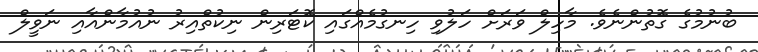
ބުނުމުގެ ގޮތުންނެވެ. މާހިލް ވަރަށް ހަލުވި ހިނގުމެއްގައި ކޮޓަރިން ނިކުތްއިރު ނުއުމާންއާއި ނަވީލް